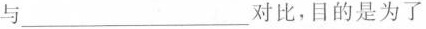
与___对比，目的是为了